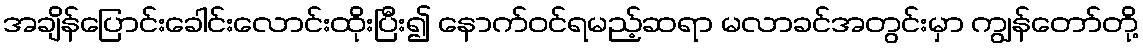
အချိန်ပြောင်းခေါင်းလောင်းထိုးပြီး၍ နောက်ဝင်ရမည့်ဆရာ မလာခင်အတွင်းမှာ ကျွန်တော်တို့